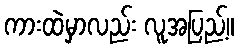
ကားထဲမှာလည်း လူအပြည့်။